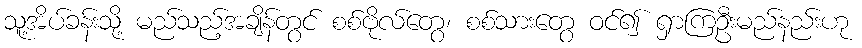
သူ့အိပ်ခန်းသို့ မည်သည့်အချိန်တွင် စစ်ဗိုလ်တွေ၊ စစ်သားတွေ ဝင်၍ ရှာကြဦးမည်နည်းဟု